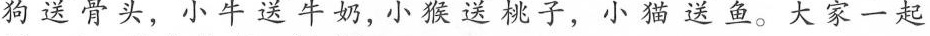
狗送骨头，小牛送牛奶，小猴送桃，小猫送鱼。大家一起